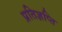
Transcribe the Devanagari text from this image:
प्रतिज्ञप्ति